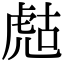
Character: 𧆻